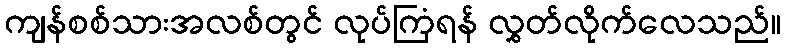
ကျန်စစ်သားအလစ်တွင် လုပ်ကြံရန် လွှတ်လိုက်လေသည်။